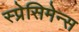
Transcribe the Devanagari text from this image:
स्प्रेसिमेन्स